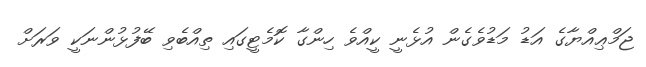
ޖަމްޢިއްޔާގެ އަޑު މަޑުވެގެން އުޅެނީ ކީއްވެ ހިންގާ ކޮމެޓީގައި ތިއްބެވި ބޭފުޅުންނަކީ ވަރަށް